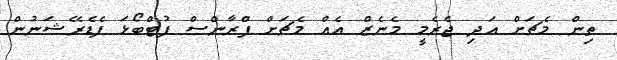
ތިން މެޗަށް އަދި ޖެރެމީ މެނެޒް އެއް މެޗަށް ފްރާންސް ފުޓްބޯޅަ ފެޑެރޭޝަނުން